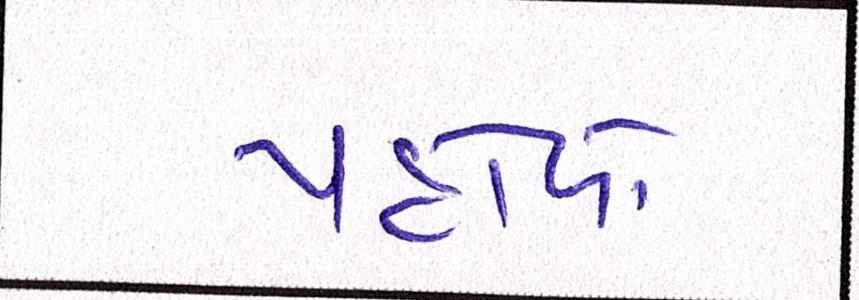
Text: પહોળો